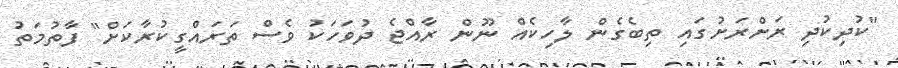
"ކުދިކުދި ރަށްރަށުގައި ތިބެގެން ލާހިކެއް ނޫން ރާއްޖެ ދުވަހަކު ވެސް ތަރައްގީކުރާކަށް" ފާތުމަތު